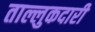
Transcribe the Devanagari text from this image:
ताल्लुकदारी